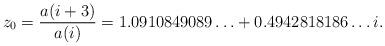
LaTeX: \begin{align*} z_0 = \frac{a(i+3)}{a(i)} = 1.0910849089\ldots + 0.4942818186\ldots i.\end{align*}